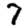
Digit: 7